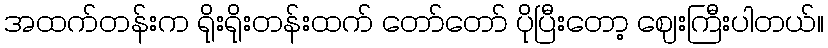
အထက်တန်းက ရိုးရိုးတန်းထက် တော်တော် ပိုပြီးတော့ ဈေးကြီးပါတယ်။